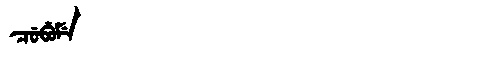
Manchu: ᠴᡠᠪᡠᠮᡝ
Romanization: CUBUME